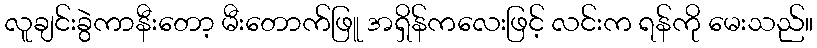
လူချင်းခွဲကာနီးတော့ မီးတောက်ဖြူ အရှိန်ကလေးဖြင့် လင်းက ရန်ကို မေးသည်။